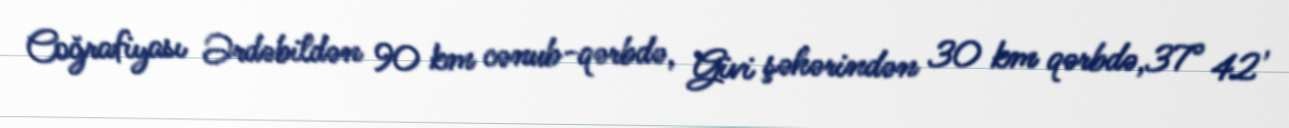
Coğrafiyası Ərdəbildən 90 km cənub-qərbdə, Givi şəhərindən 30 km qərbdə,37° 42'